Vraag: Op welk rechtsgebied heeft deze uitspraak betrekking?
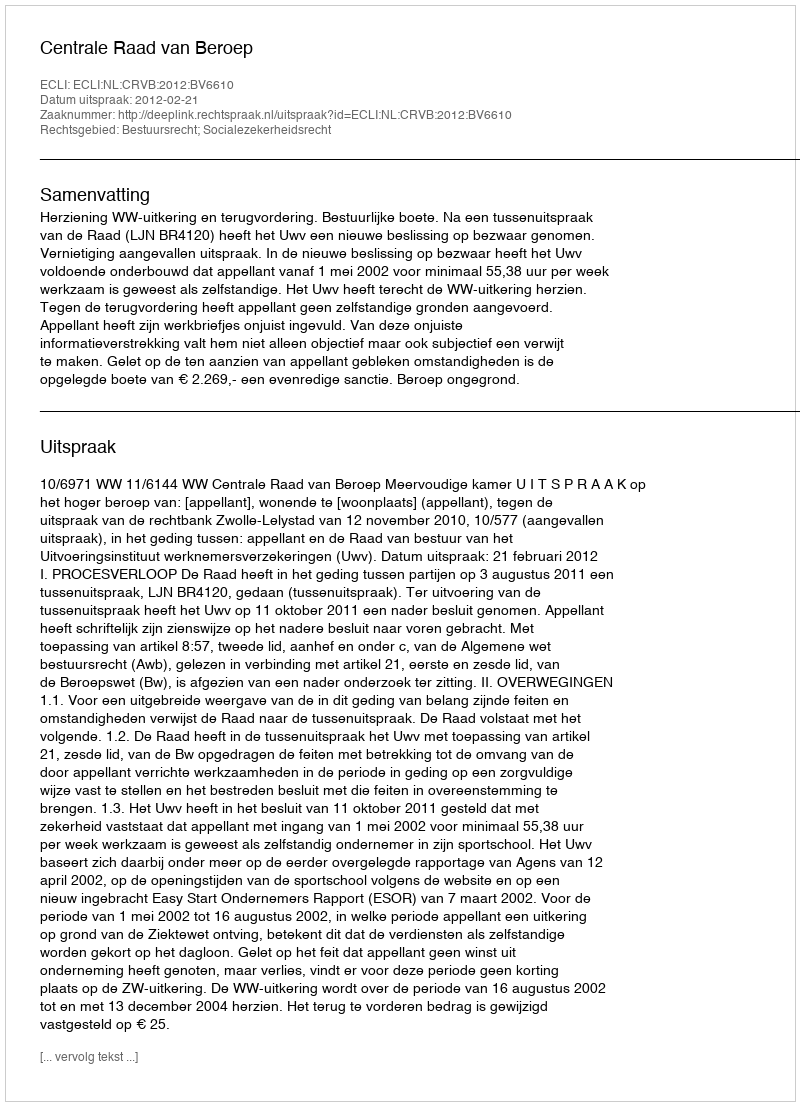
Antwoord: Bestuursrecht; Socialezekerheidsrecht